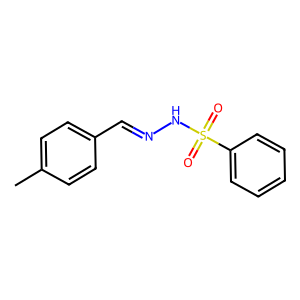
SMILES: Cc1ccc(C=NNS(=O)(=O)c2ccccc2)cc1
Inhibits HIV replication: No